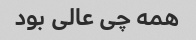
همه چى عالى بود